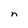
Character: n